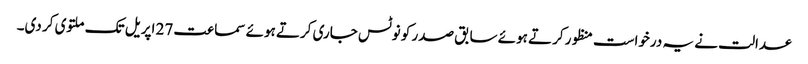
عدالت نے یہ درخواست منظور کرتے ہوئے سابق صدر کو نوٹس جاری کرتے ہوئے سماعت 27 اپریل تک ملتوی کر دی۔